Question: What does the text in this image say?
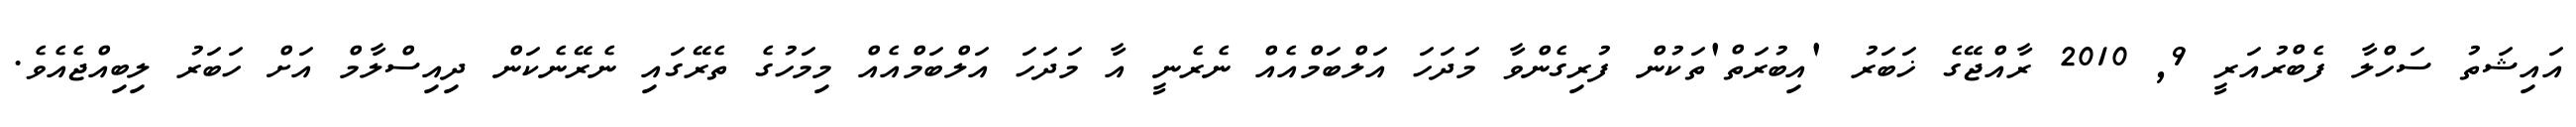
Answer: އައިޝަތު ސަހްލާ ފެބްރުއަރީ 9, 2010 ރާއްޖޭގެ ޚަބަރު 'އިބުރަތް'ތަކުން ފުރިގެންވާ މަދަހަ އަލްބަމްއެއް ނެރެނީ އާ މަދަހަ އަލްބަމްއެއް މިމަހުގެ ތެރޭގައި ނެރޭނެކަން ދިއިސްލާމް އަށް ހަބަރު ލިބިއްޖެއެވެ.